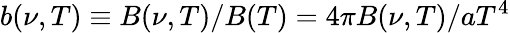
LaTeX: b(\nu,T)\equiv B(\nu,T)/B(T)=4\pi B(\nu,T)/aT^{4}